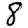
Digit: 8